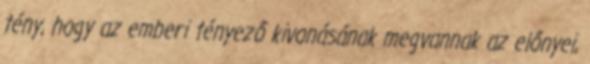
tény, hogy az emberi tényező kivonásának megvannak az előnyei,